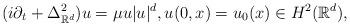
LaTeX: \begin{align*} (i\partial_t+\Delta^{2}_{\mathbb{R}^d})u = \mu u|u|^{d}, u(0,x)=u_0(x) \in H^2(\mathbb{R}^d),\end{align*}